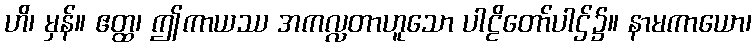
ဟိ၊ မှန်။ ဧတ္ထ၊ ဤကာယဿ အကလ္လတာဟူသော ပါဠိတော်ပါဌ်၌။ နာမကာယော၊